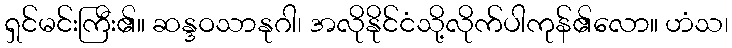
ရှင်မင်းကြီး၏။ ဆန္ဒဝသာနုဂါ၊ အလိုနိုင်ငံသို့လိုက်ပါကုန်၏လော။ ဟံသ၊